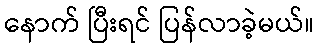
နောက် ပြီးရင် ပြန်လာခဲ့မယ်။